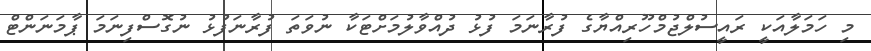
މި ހަމަލާއަކީ ރައީސުލްޖުމްހޫރިއްޔާގެ ފުރާނަމަ ފުޅު ދުއްވާލުމަަށްޓަކާ ނުވަތަ ފުރާނަފުޅު ނުގޮސްފިނަމަ ޕާމަނަންޓް